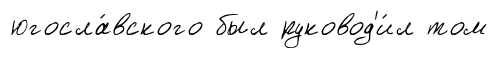
югосла́вского был руковод'и́л том